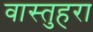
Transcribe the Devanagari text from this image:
वास्तुहरा